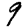
Digit: 9